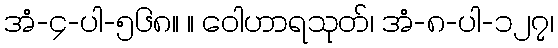
အံ-၄-ပါ-၅၆၈။ ။ ဝေါဟာရသုတ်၊ အံ-၈-ပါ-၁၂၇၊